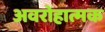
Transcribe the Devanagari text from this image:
अवरोहात्मक